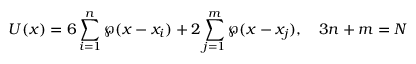
{ \cal U } ( x ) = 6 \sum _ { i = 1 } ^ { n } \wp ( x - x _ { i } ) + 2 \sum _ { j = 1 } ^ { m } \wp ( x - x _ { j } ) , \quad 3 n + m = N